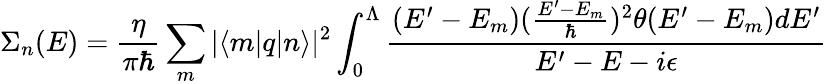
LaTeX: \Sigma_{n}(E)=\frac{\eta}{\pi\hbar}\sum_{m}|\langle m|q|n\rangle|^{2}\int_{0}^{\Lambda}\frac{(E^{\prime}-E_{m})(\frac{E^{\prime}-E_{m}}{\hbar})^{2}\theta(E^{\prime}-E_{m})dE^{\prime}}{E^{\prime}-E-i\epsilon}